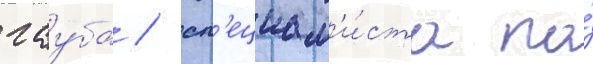
гауба / сп'ециал'и́ста по́